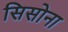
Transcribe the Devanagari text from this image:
सिसोना